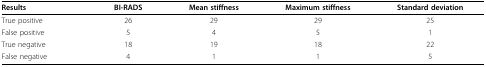
| Results | BI-RADS | Mean stiffness | Maximum stiffness | Standard deviation |
 | --- | --- | --- | --- | --- |
 | True positive | 26 | 29 | 29 | 25 |
 | False positive | 5 | 4 | 5 | 1 |
 | True negative | 18 | 19 | 18 | 22 |
 | False negative | 4 | 1 | 1 | 5 |